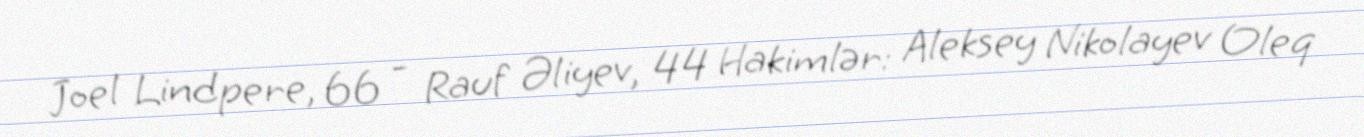
Joel Lindpere, 66 - Rauf Əliyev, 44 Hakimlər: Aleksey Nikolayev Oleq